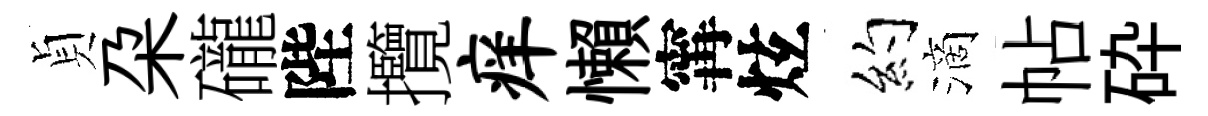
貞朶礲陛攬痒懶𡩋炫约滴帖砕